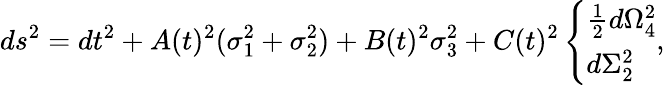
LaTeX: ds^{2}=dt^{2}+A(t)^{2}(\sigma_{1}^{2}+\sigma_{2}^{2})+B(t)^{2}\sigma_{3}^{2}+C(t)^{2}\left\{ \begin{array}{l}{{{\frac{1}{2}}d\Omega_{4}^{2}}}\\ {{d\Sigma_{2}^{2}}}\end{array}\right.,